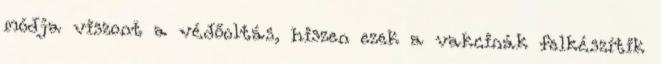
módja viszont a védőoltás, hiszen ezek a vakcinák felkészítik